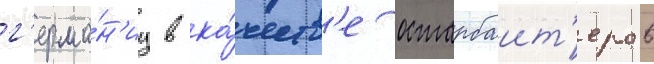
г'ерма́н'иу в ка́честв'е остарбаит'еров